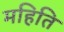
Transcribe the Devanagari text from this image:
महिति